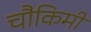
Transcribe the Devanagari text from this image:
चौकिमी